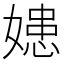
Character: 𡠛